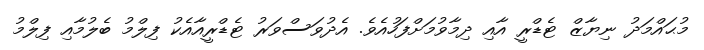
މުޙައްމަދު ނިޔާޒް ޓެޑްރީ އާއި ދިމާވުމަށްފަހުއެވެ. އެދުވަސްވަރު ޓެޑްރީއާއެކު ފިލްމު ބެލުމާއި ފިލްމު